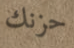
حزنك